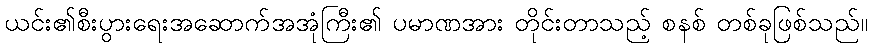
ယင်း၏စီးပွားရေးအဆောက်အအုံကြီး၏ ပမာဏအား တိုင်းတာသည့် စနစ် တစ်ခုဖြစ်သည်။